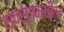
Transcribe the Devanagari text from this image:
स्वरूपामधील